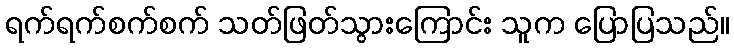
ရက်ရက်စက်စက် သတ်ဖြတ်သွားကြောင်း သူက ပြောပြသည်။